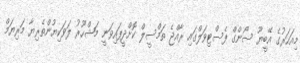
މިއަހަރުގެ އޭބީޔޫ ސޯންގް ފެސްޓިވަލްގައި ރާއްޖެ ތަމްސީލް ކޮށްދީފައިވަނީ މަޝްހޫރު ލަވަކިޔުންތެރިޔާ މަރިޔަމް